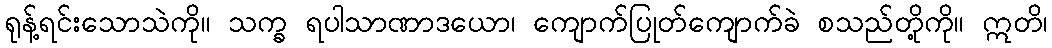
ရုန့်ရင်းသောသဲကို။ သက္ခ ရပါသာဏာဒယော၊ ကျောက်ပြုတ်ကျောက်ခဲ စသည်တို့ကို။ ဣတိ၊